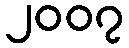
၂၀၀၇